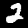
Digit: 2